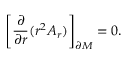
{ \left[ { \frac { \partial } { \partial r } } ( r ^ { 2 } A _ { r } ) \right] } _ { \partial M } = 0 .